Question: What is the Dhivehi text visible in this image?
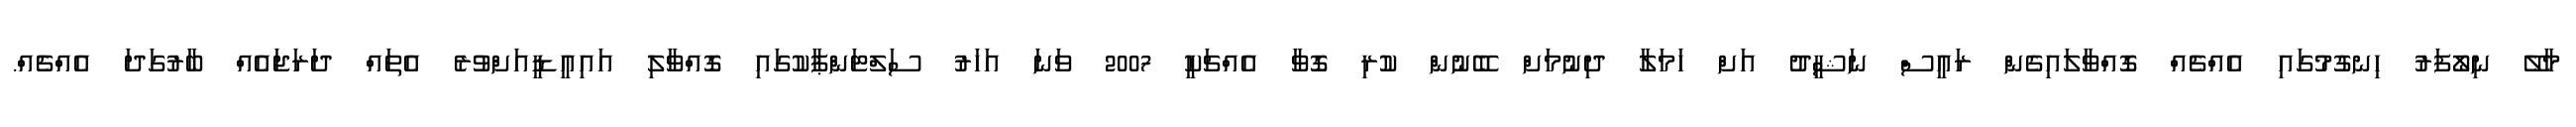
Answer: މާލޭ ނިލޯފަރު ހިނގުމުގައި އެއްޗެއް ގޮއްވާލައިގެން ރައީސް ނަޝީދު އަށް ހަމަލާ ދިނުމަށް ބޭނުން ކުރި ގޮވާ އެއްޗަކީ 2007 ވަނަ އަހަރު ސަލްޓަންޕާކުގައި ގޮއްވާލި އައިއީޑީއަށްވުރެ އެތައް ދަރަޖައެއް ބާރުގަދަ އެއްޗެއް.